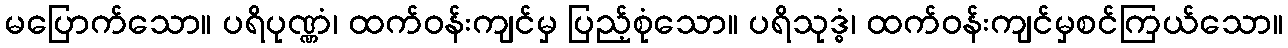
မပြောက်သော။ ပရိပုဏ္ဏံ၊ ထက်ဝန်းကျင်မှ ပြည့်စုံသော။ ပရိသုဒ္ဓံ၊ ထက်ဝန်းကျင်မှစင်ကြယ်သော။